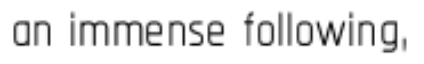
an immense following,